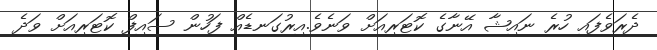
ދެރަވެފައި ހުރެ ނައިޝާ އޭނާގެ ކޮޓަރިއަށް ވަނެވެ.އިރުގަނޑެއް ފަހުން ސައިފް ކޮޓަރިއަށް ވަދެ